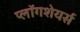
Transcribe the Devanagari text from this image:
प्लॉगशेयर्स